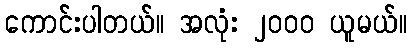
ကောင်းပါတယ်။ အလုံး ၂၀၀၀ ယူမယ်။